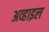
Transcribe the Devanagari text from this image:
अव्हाइल